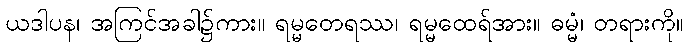
ယဒါပန၊ အကြင်အခါ၌ကား။ ရမ္မတေရဿ၊ ရမ္မထေရ်အား။ ဓမ္မံ၊ တရားကို။